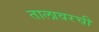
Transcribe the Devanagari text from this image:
तालावरची